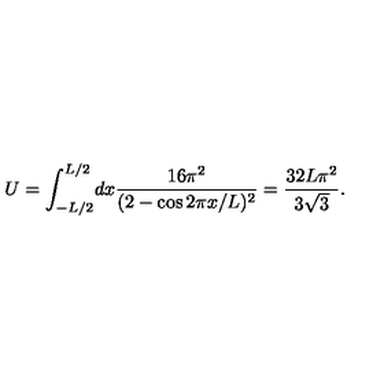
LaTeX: U = \int _ { - L / 2 } ^ { L / 2 } \! d x \frac { 1 6 \pi ^ { 2 } } { ( 2 - \cos 2 \pi x / L ) ^ { 2 } } = \frac { 3 2 L \pi ^ { 2 } } { 3 \sqrt { 3 } } .